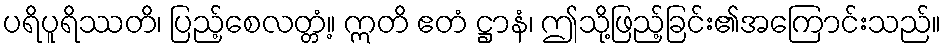
ပရိပူရိဿတိ၊ ပြည့်စေလတ္တံ့။ ဣတိ ဧတံ ဋ္ဌာနံ၊ ဤသို့ဖြည့်ခြင်း၏အကြောင်းသည်။